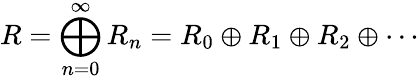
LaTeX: R=\bigoplus_{n=0}^{\infty}R_{n}=R_{0}\oplus R_{1}\oplus R_{2}\oplus\cdots